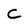
Character: C